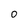
Character: 0